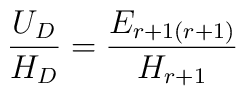
{ U_D\over H_D}  = {E_{r+1(r+1)} \over H_{r+1}}